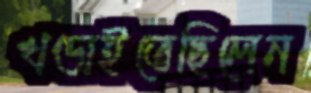
খণ্ডাইতেছিলেন